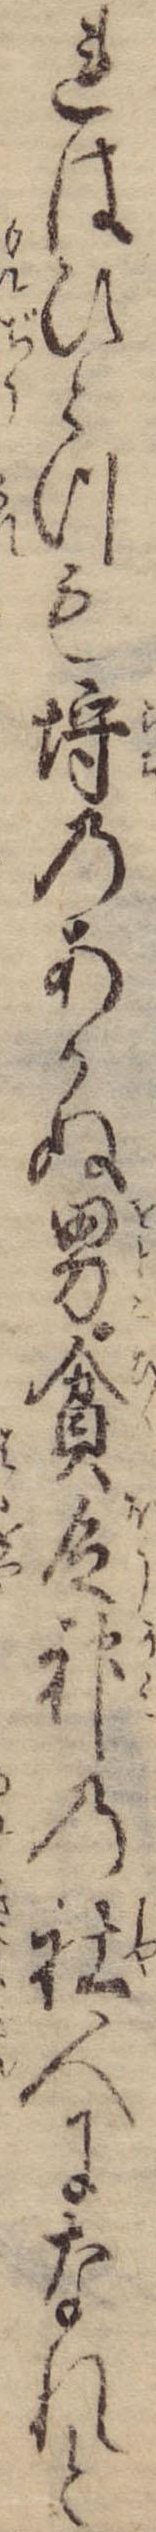
れはひとつも埒のあかぬ男貧乏神の社人になれと